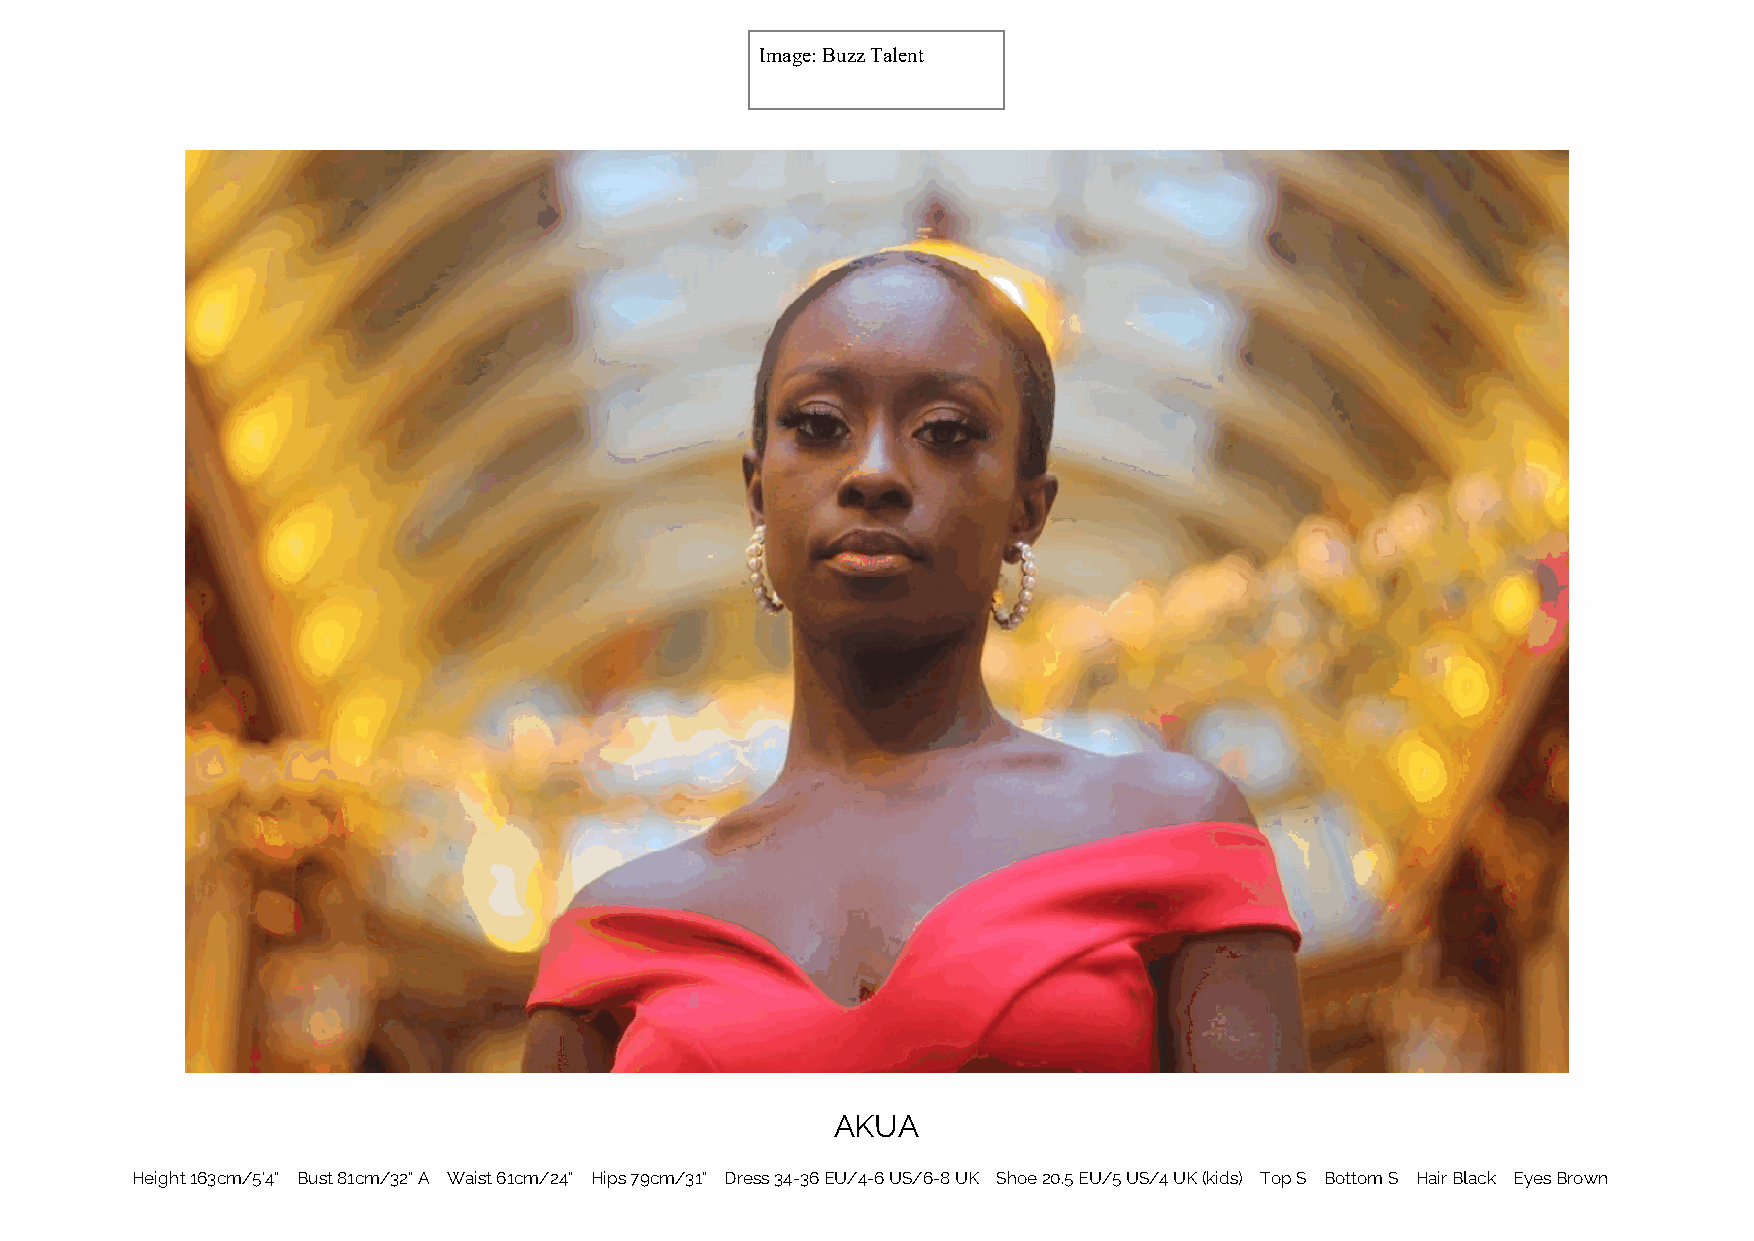
Image: Buzz Talent
 AKUA
 Height 163cm/5'4" Bust 81cm/32"A Waist 61cm/24" Hips 79cm/31" Dress 34-36EU/4-6US/6-8UK Shoe 20.5EU/5US/4UK(kids) Top S Bottom S Hair Black Eyes Brown